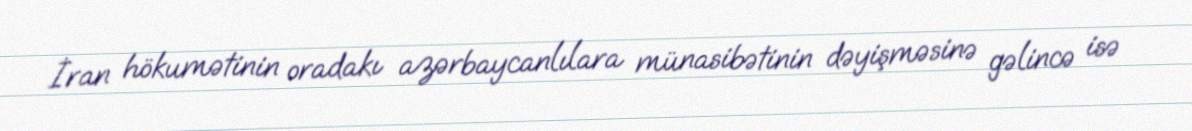
İran hökumətinin oradakı azərbaycanlılara münasibətinin dəyişməsinə gəlincə isə